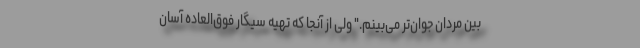
بین مردان جوان‌تر می‌بینم." ولی از آنجا که تهیه سیگار فوق‌العاده آسان